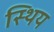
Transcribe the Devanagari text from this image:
स्थिय